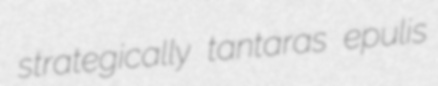
strategically tantaras epulis